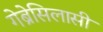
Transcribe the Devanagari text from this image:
गेब्रेसिलासी